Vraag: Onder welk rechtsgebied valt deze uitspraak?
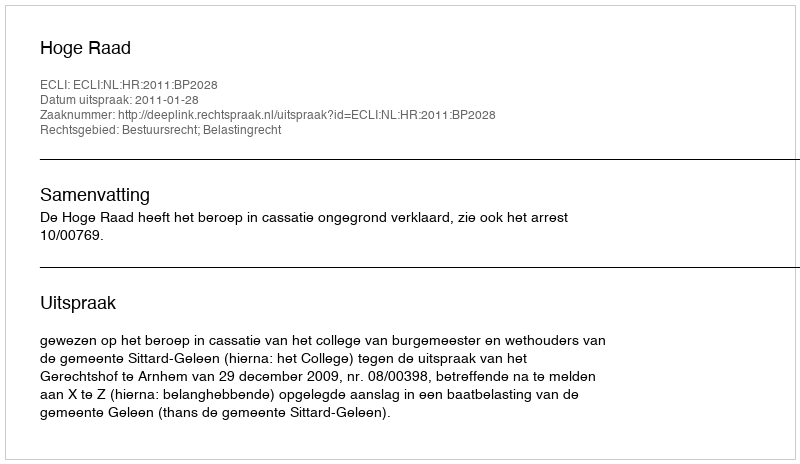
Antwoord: Bestuursrecht; Belastingrecht